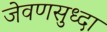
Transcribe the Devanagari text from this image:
जेवणसुध्दा